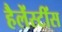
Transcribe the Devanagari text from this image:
हैलेंस्टींस